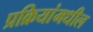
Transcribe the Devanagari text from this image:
प्रक्रियांमधील